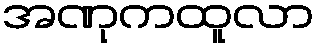
အဏုကထူလာ